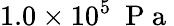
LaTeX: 1.0\times 10^{5}~\mathrm{~P~a~}